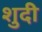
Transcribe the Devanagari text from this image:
शुदी